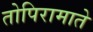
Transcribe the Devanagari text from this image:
तोपिरामाते